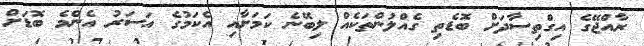
ރާއްޖޭގެ އިގްތިސާދަށް ބޮޑެތި ގެއްލުންތަކެއް ލިބޭނެ ކަމަށާއި އެކަމުގެ އަސަރު އެންމެ ބޮޑަށް